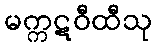
မက္ကဋဝီထီသု